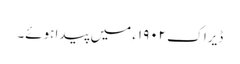
ڈیراک ١٩٠٢ء میں پیدا ہوئے۔